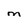
Character: M